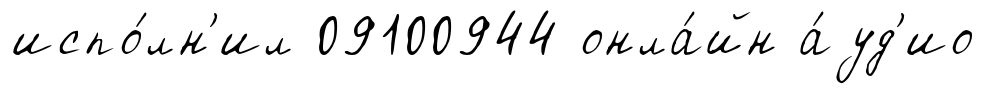
испо́лн'ил 09100944 онла́йн а́уд'ио